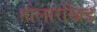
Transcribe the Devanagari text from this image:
तोलारखिंड